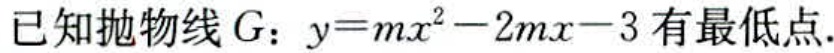
已知抛物线\(G\)：\(y = mx^{2}-2mx - 3\)有最低点.